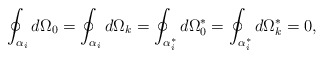
\begin{align*}\oint_{\alpha_{i}}d\Omega_{0}= \oint_{\alpha_{i}}d\Omega_{k}=\oint_{\alpha_{i}^{*}}d\Omega^{*}_{0}=\oint_{\alpha_{i}^{*}}d\Omega_{k}^{*}=0,\end{align*}